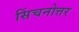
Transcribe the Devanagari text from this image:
सिंचनोत्तर